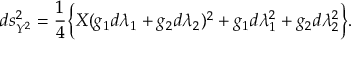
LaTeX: d s _ { { \cal Y } ^ { 2 } } ^ { 2 } = \frac { 1 } { 4 } \biggl \{ X ( g _ { 1 } d \lambda _ { 1 } + g _ { 2 } d \lambda _ { 2 } ) ^ { 2 } + g _ { 1 } d \lambda _ { 1 } ^ { 2 } + g _ { 2 } d \lambda _ { 2 } ^ { 2 } \biggr \} .